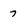
Character: 7